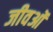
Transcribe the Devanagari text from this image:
जीवओं